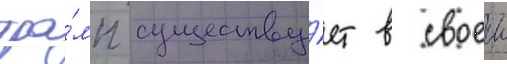
тра́мп существу́ет в своеи